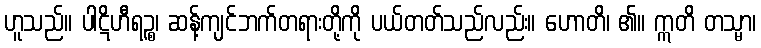
ဟူသည်။ ပါဋိဟီရဉ္စ၊ ဆန့်ကျင်ဘက်တရားတို့ကို ပယ်တတ်သည်လည်း။ ဟောတိ၊ ၏။ ဣတိ တသ္မာ၊